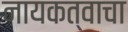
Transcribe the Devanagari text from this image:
नायकत्वाचा